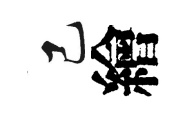
己繪